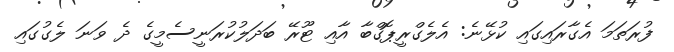
ފުރަތަމަ އެގާރައިގައި ކުޅޭނެ: އެލެގްރީޕޮގްބާ އާއި ޓޫރޭ ބަދަލުކުރަނީސެމީގެ ދެ ވަނަ ލެގުގައި